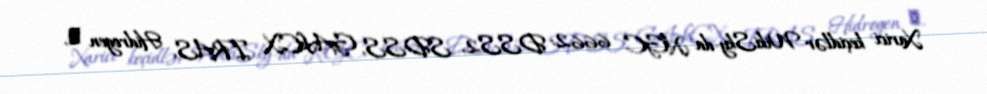
Xarici keçidlər WikiSky-da NGC 6662: DSS2, SDSS, GALEX, IRAS, Hidrogen α,